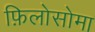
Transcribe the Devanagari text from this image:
फ़िलोसोमा